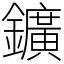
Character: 鑛